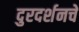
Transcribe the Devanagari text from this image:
दुरदर्शनचे